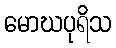
မောဃပုရိသ